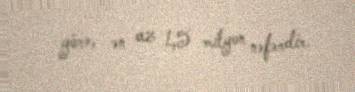
görə, ən az 1,5 milyon nəfərdir.